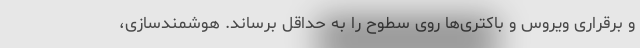
و برقراری ویروس و باکتری‌ها روی سطوح را به حداقل برساند. هوشمندسازی،